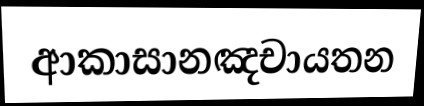
ආකාසානඤචායතන